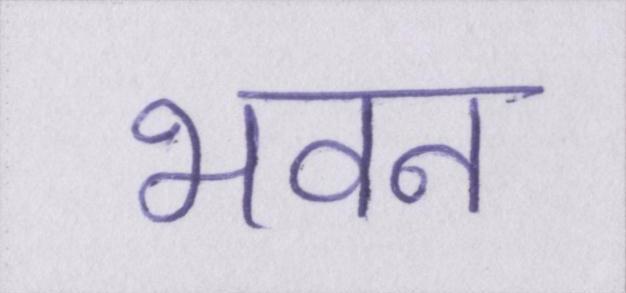
भवन